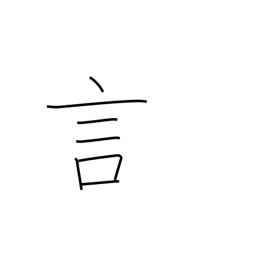
Meaning: word